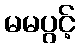
မမပွင့်